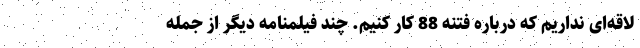
لاقه‌ای نداریم که درباره فتنه 88 کار کنیم. چند فیلمنامه دیگر از جمله